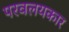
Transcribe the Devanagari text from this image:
परवलयकार